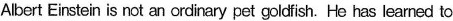
Albert Einstein is not an ordinary pet goldfish. He has learned to